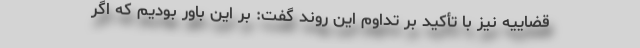
قضاییه نیز با تأکید بر تداوم این روند گفت: بر این باور بودیم که اگر